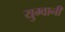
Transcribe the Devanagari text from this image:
युग्वानी